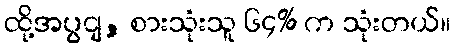
ထို့အပွငျ, စားသုံးသူ ၆၄% က သုံးတယ်။